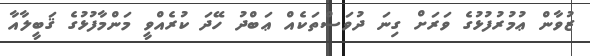
ޒުވާން ޢުމުރުފުޅުގެ ވަރަށް ގިނަ ދުވަސްތަކެއް ޢަބްދު ހޭދަ ކުރެއްވީ މަންމާފުޅުގެ ޤަބީލާއާ